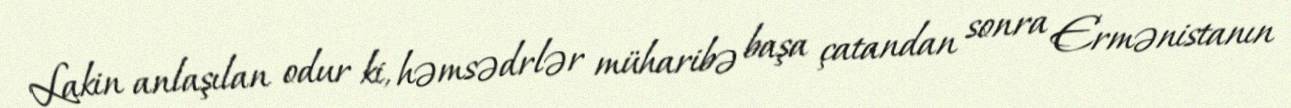
Lakin anlaşılan odur ki, həmsədrlər müharibə başa çatandan sonra Ermənistanın